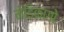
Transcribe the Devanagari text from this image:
मेडिकागो